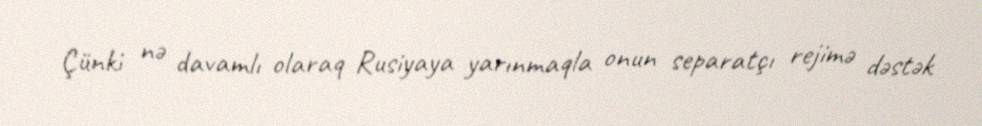
Çünki nə davamlı olaraq Rusiyaya yarınmaqla onun separatçı rejimə dəstək